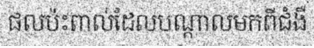
ផលប៉ះពាល់ដែលបណ្តាលមកពីជំងឺ